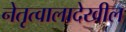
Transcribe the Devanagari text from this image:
नेतृत्वालादेखील